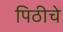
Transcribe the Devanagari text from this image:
पिठीचे